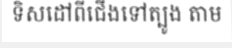
ទិសដៅពីជើងទៅត្បូង តាម